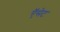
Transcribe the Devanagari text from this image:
ऍसेट